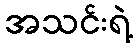
အသင်းရဲ့